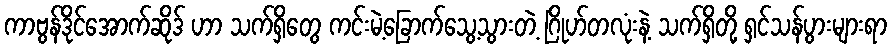
ကာဗွန်ဒိုင်အောက်ဆိုဒ် ဟာ သက်ရှိတွေ ကင်းမဲ့ခြောက်သွေ့သွားတဲ့ ဂြိုဟ်တလုံးနဲ့ သက်ရှိတို့ ရှင်သန်ပွားများရာ